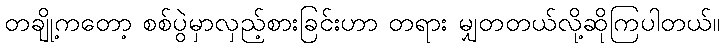
တချို့ကတော့ စစ်ပွဲမှာလှည့်စားခြင်းဟာ တရား မျှတတယ်လို့ဆိုကြပါတယ်။